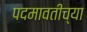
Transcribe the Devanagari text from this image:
पदमावतीच्या